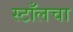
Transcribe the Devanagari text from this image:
स्टाँलचा